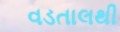
વડતાલથી